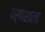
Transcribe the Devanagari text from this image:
पर्णशाला